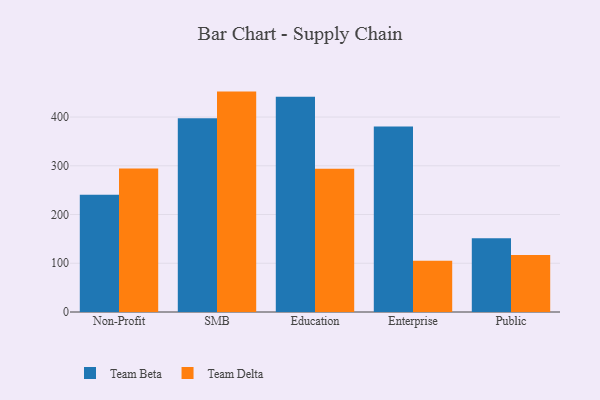
{"axis": {"x": "Segment", "y": "Latency (ms)"}, "legend": ["Team Beta", "Team Delta"], "data": [{"x": "Non-Profit", "y": 240.5, "type": "Team Beta"}, {"x": "Non-Profit", "y": 294.3, "type": "Team Delta"}, {"x": "SMB", "y": 397.6, "type": "Team Beta"}, {"x": "SMB", "y": 452.2, "type": "Team Delta"}, {"x": "Education", "y": 441.7, "type": "Team Beta"}, {"x": "Education", "y": 294.0, "type": "Team Delta"}, {"x": "Enterprise", "y": 380.8, "type": "Team Beta"}, {"x": "Enterprise", "y": 105.1, "type": "Team Delta"}, {"x": "Public", "y": 151.5, "type": "Team Beta"}, {"x": "Public", "y": 116.8, "type": "Team Delta"}]}